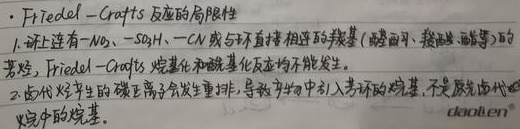
- Friedel–Crafts 反应的局限性
1. 环上连有\(-NO_2\)、\(-SO_3H\)、\(-CN\)或与环不直接相连的羰基（如醛基、羧基、酯基等）的芳烃，Friedel–Crafts 烷基化和酰基化反应均不能发生。
2. 卤代烃产生的碳正离子会发生重排，导致产物中引入芳环的烷基，不是原卤代烃中的烷基。